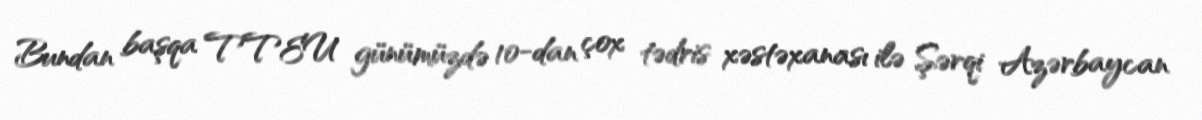
Bundan başqa TTEU günümüzdə 10-dan çox tədris xəstəxanası ilə Şərqi Azərbaycan